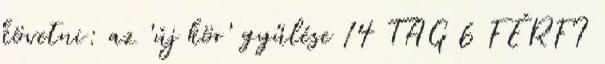
követni: az 'új kör' gyűlése 14 TAG 6 FÉRFI